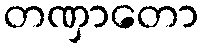
တဏှာတော